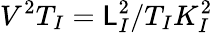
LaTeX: V^{2}T_{I}=\mathsf{L}_{I}^{2}/T_{I}K_{I}^{2}